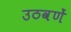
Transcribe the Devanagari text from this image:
उठवणें